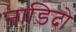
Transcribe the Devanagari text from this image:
नाड़िदो